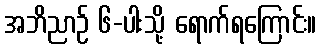
အဘိညာဉ် ၆-ပါးသို့ ရောက်ရကြောင်း။